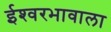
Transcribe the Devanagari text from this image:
ईश्‍वरभावाला